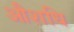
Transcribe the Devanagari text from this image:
औशधि